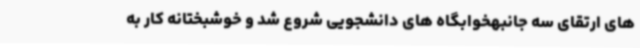
های ارتقای سه جانبهخوابگاه های دانشجویی شروع شد و خوشبختانه کار به